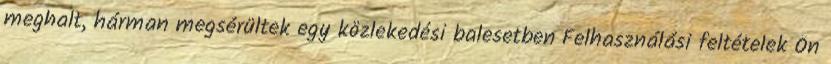
meghalt, hárman megsérültek egy közlekedési balesetben Felhasználási feltételek Ön